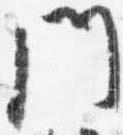
門